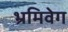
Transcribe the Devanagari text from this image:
भ्रमिवेग